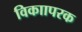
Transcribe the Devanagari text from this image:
विकाापरक